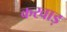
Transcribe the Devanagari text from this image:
करवाड़